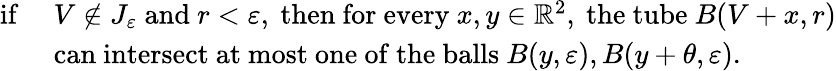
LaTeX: \begin{array}{rl}{\mathrm{if~}}&{V\notin J_{\varepsilon}\mathrm{~and~}r<\varepsilon,\mathrm{~then~for~every~}x,y\in\mathbb R^{2},\mathrm{~the~tube~}B(V+x,r)}\\ &{\mathrm{can~intersect~at~most~one~of~the~balls~}B(y,\varepsilon),B(y+\theta,\varepsilon).}\end{array}